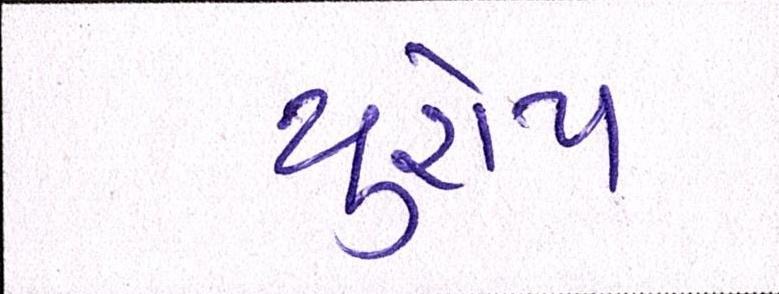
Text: યુરોપ